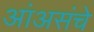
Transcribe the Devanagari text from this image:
आंअसंचे